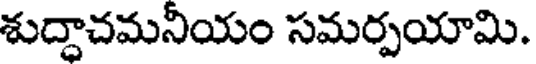
శుద్దాచమనీయం సమర్పయామి.